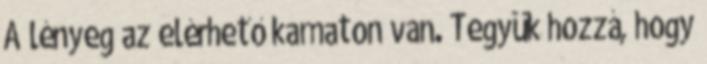
A lényeg az elérhető kamaton van. Tegyük hozzá, hogy